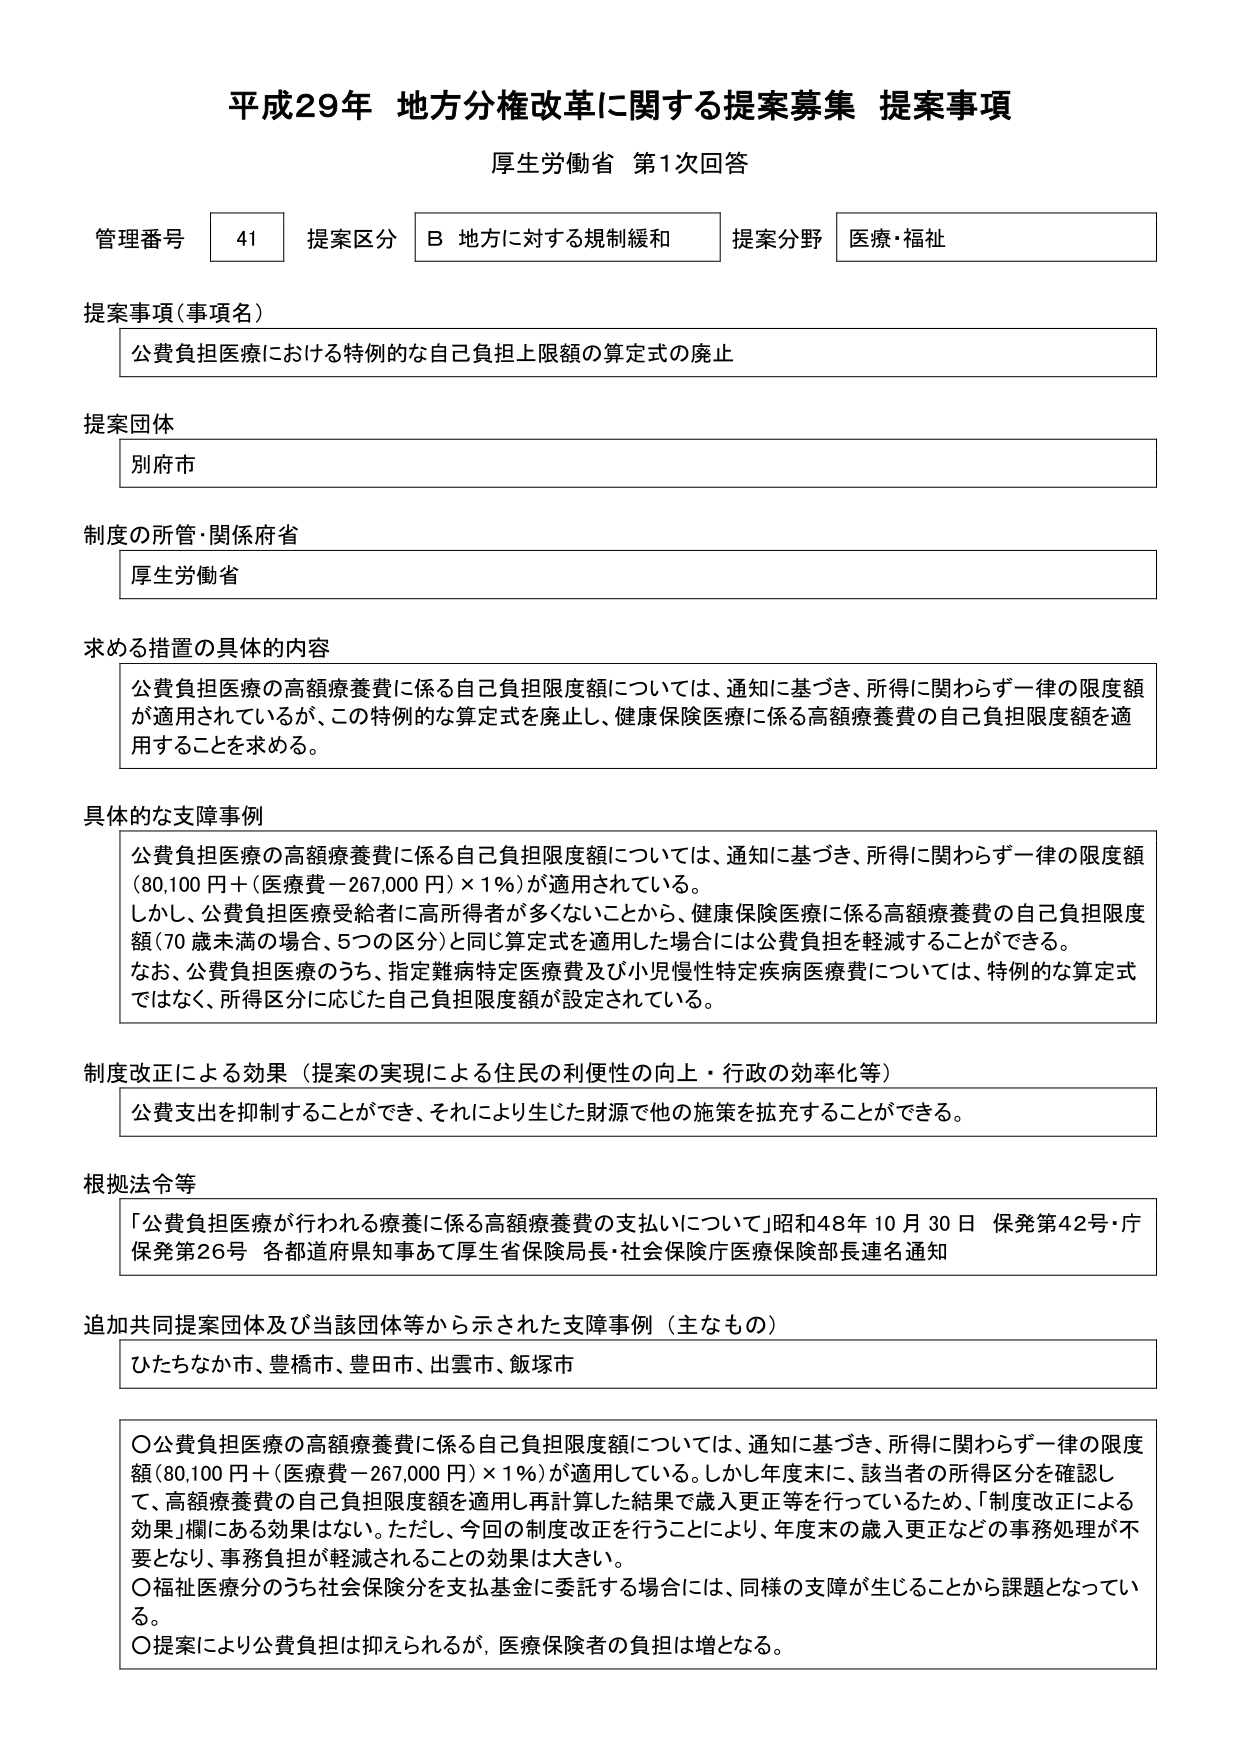
平成29年 地方分権改革に関する提案募集 提案事項
厚生労働省 第1次回答

管理番号 41 提案区分 B 地方に対する規制緩和 提案分野 医療・福祉

提案事項（事項名）
公費負担医療における特例的な自己負担上限額の算定式の廃止

提案団体
別府市

制度の所管・関係府省
厚生労働省

求める措置の具体的内容
公費負担医療の高額療養費に係る自己負担限度額については、通知に基づき、所得に関わらず一律の限度額が適用されているが、この特例的な算定式を廃止し、健康保険医療に係る高額療養費の自己負担限度額を適用することを求める。

具体的な支障事例
公費負担医療の高額療養費に係る自己負担限度額については、通知に基づき、所得に関わらず一律の限度額（80,100 円＋（医療費－267,000 円）×1％）が適用されている。
しかし、公費負担医療受給者に高所得者が多くないことから、健康保険医療に係る高額療養費の自己負担限度額（70 歳未満の場合、5つの区分）と同じ算定式を適用した場合には公費負担を軽減することができる。
なお、公費負担医療のうち、指定難病特定医療費及び小児慢性特定疾病医療費については、特例的な算定式ではなく、所得区分に応じた自己負担限度額が設定されている。

制度改正による効果（提案の実現による住民の利便性の向上・行政の効率化等）
公費支出を抑制することができ、それにより生じた財源で他の施策を拡充することができる。

根拠法令等
「公費負担医療が行われる療養に係る高額療養費の支払いについて」昭和48年10月30日 保発第42号・庁保発第26号 各都道府県知事あて厚生省保険局長・社会保険庁医療保険部長連名通知

追加共同提案団体及び当該団体等から示された支障事例（主なもの）
ひたちなか市、豊橋市、豊田市、出雲市、飯塚市

〇公費負担医療の高額療養費に係る自己負担限度額については、通知に基づき、所得に関わらず一律の限度額（80,100 円＋（医療費－267,000 円）×1％）が適用している。しかし年度末に、該当者の所得区分を確認して、高額療養費の自己負担限度額を適用し再計算した結果で歳入更正等を行っているため、「制度改正による効果」欄にある効果はない。ただし、今回の制度改正を行うことにより、年度末の歳入更正などの事務処理が不要となり、事務負担が軽減されるこの効果は大きい。
〇福祉医療分のうち社会保険分を支払基金に委託する場合には、同様の支障が生じることから課題となっている。
〇提案により公費負担は抑えられるが、医療保険者の負担は増となる。